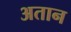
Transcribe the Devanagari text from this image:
अतान